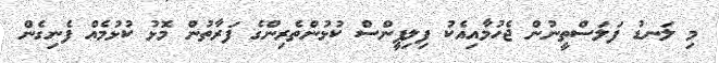
މި ލަނޑު ފަލަސްތީނުން ޖެހުމާއިއެކު ފިލިޕީންސް ކުޅުންތެރިންގެ ފަރާތުން މޮޅު ކުޅުމެއް ފެނިގެން